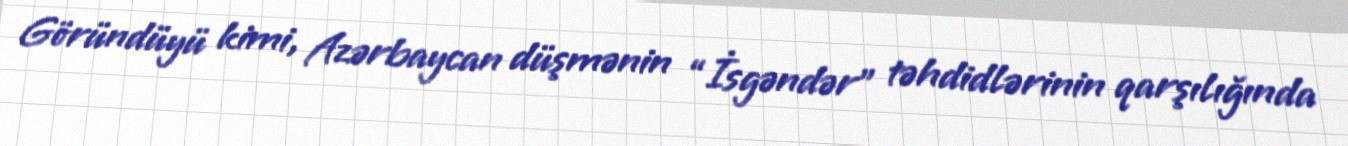
Göründüyü kimi, Azərbaycan düşmənin “İsgəndər” təhdidlərinin qarşılığında